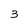
Character: 3